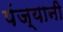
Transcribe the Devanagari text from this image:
पंज्यानी